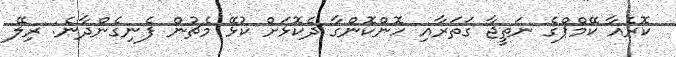
ކޮރެއާ ކޭމްޕްގެ ނަތީޖާ ގަތަރާއި ހޮންކޮންގާ ދެކޮޅަށް ކުޅޭ މެޗުން ފެނިގެންދާނެ: ރިލޭ